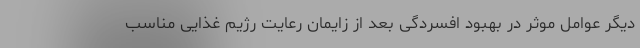
دیگر عوامل موثر در بهبود افسردگی بعد از زایمان رعایت رژیم غذایی مناسب